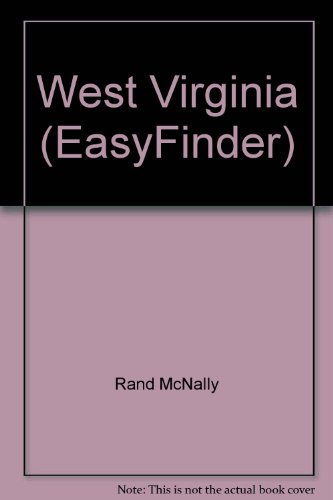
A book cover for Rand McNally West Virginia Easyfinder Map; Rand McNally and Company; Travel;